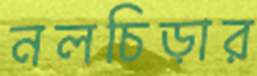
নলচিড়ার